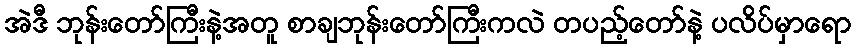
အဲဒီ ဘုန်းတော်ကြီးနဲ့အတူ စာချဘုန်းတော်ကြီးကလဲ တပည့်တော်နဲ့ ပလိပ်မှာရော